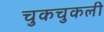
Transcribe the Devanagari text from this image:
चुकचुकली